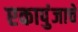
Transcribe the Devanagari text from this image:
एकापुंजाचे